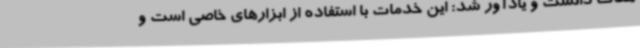
هدف دانست و یادآور شد: این خدمات با استفاده از ابزارهای خاصی است و